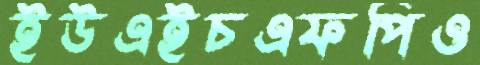
ইউএইচএফপিও